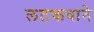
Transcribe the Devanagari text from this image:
लटकवावे